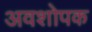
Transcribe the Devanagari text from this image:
अवशोपक